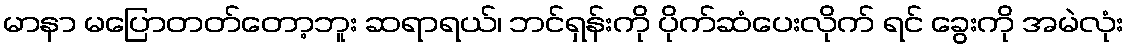
မာနာ မပြောတတ်တော့ဘူး ဆရာရယ်၊ ဘင်ရှန်းကို ပိုက်ဆံပေးလိုက် ရင် ခွေးကို အမဲလုံး